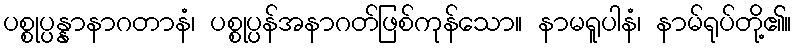
ပစ္စုပ္ပန္နာနာဂတာနံ၊ ပစ္စုပ္ပန်အနာဂတ်ဖြစ်ကုန်သော။ နာမရူပါနံ၊ နာမ်ရုပ်တို့၏။